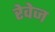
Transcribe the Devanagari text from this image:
रेवेज